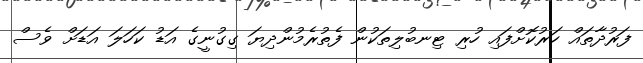
ފަރުދާތައް ހަރުކޮށްފައި ހުރި ޓިނބުލިތަކުން ފެތުރެމުންދިޔަ ގިގުނީގެ އަޑު ކަހަލަ އަޑަށް ވެސް